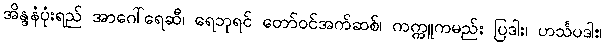
အိန္ဒနံပုံးရည် အာဂေါ်ရေဆီ၊ ရေဘုရင် တော်ဝင်အက်ဆစ်၊ ကက္ကူကမည်း ပြဒါး၊ ဟင်္သပဒါး၊